Document type: Emphyteutic lease
Year: 1295
Scribe: Pere de Noguera, prevere
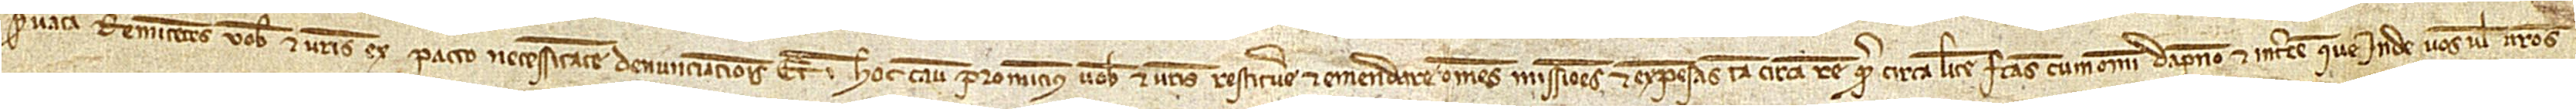
servata, remittentes vobis et vestris ex pacto necessitatem denunciacionis. Et in hoc casu promittimus vobis et vestris restituere et emendare omnes missiones et expensas, tam circa rem quam circa litem factas, cum omni dampno et interesse que inde vos vel vestros